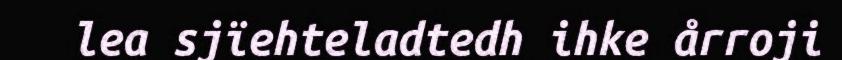
lea sjïehteladtedh ihke årroji